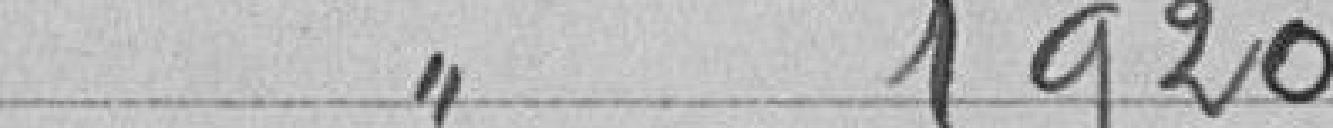
Classe 1920